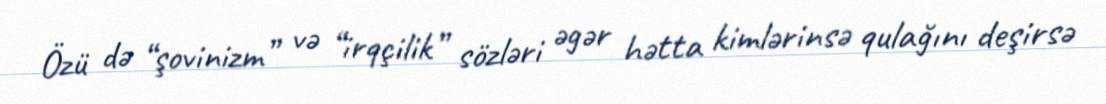
Özü də “şovinizm” və “irqçilik” sözləri əgər hətta kimlərinsə qulağını deşirsə